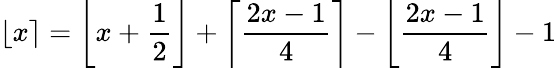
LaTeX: \lfloor x\rceil=\left\lfloor x+{\frac{1}{2}}\right\rfloor+\left\lceil{\frac{2x-1}{4}}\right\rceil-\left\lfloor{\frac{2x-1}{4}}\right\rfloor-1